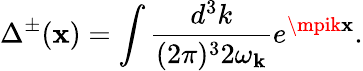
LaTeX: \Delta^{\pm}(\mathbf{x})=\int\frac{{d^{3}k}}{{(2\pi)^{3}2\omega_{{\mathbf{k}}}}}e^{\mpik\mathbf{x}}.